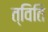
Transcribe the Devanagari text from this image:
त्विति